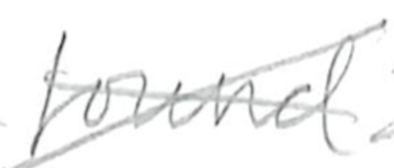
Text: found
Cross-out: cross
Writing tool: pencil